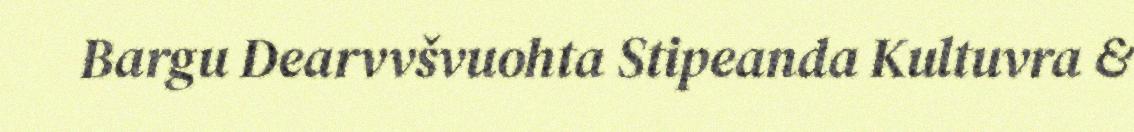
Bargu Dearvvšvuohta Stipeanda Kultuvra &